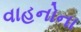
વાહનોના